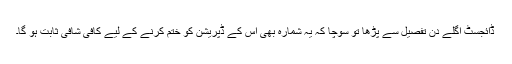
ڈائجسٹ اگلے دن تفصیل سے پڑھا تو سوچا کہ یہ شمارہ بھی اس کے ڈپریشن کو ختم کرنے کے لیے کافی شافی ثابت ہو گا۔